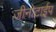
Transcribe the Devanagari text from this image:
जीनोटाईप